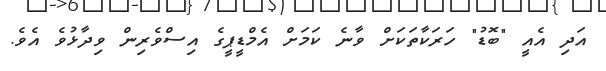
އަދި އެއީ "ބޮޑު" ހަރަކާތަކަށް ވާނެ ކަމަށް އެމްޑީޕީގެ އިސްވެރިން ވިދާޅުވެ އެވެ.